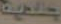
خلوية